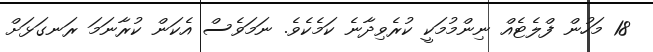
18 މަހުން ފްލެޓެއް ނިންމުމަކީ ކުރެވިދާނެ ކަމެކެވެ. ނަމަވެސް އެކަން ކުރާނަމަ ރަނގަޅަށް